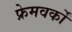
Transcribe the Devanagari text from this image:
फ्रेमवर्कों